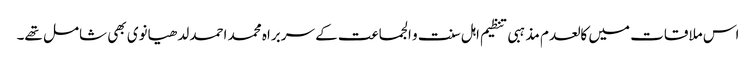
اس ملاقات میں کالعدم مذہبی تنظیم اہل سنت و الجماعت کے سربراہ محمد احمد لدھیانوی بھی شامل تھے۔